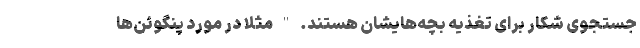
جستجوی شکار برای تغذیه بچه‌هایشان هستند. " مثلا در مورد پنگوئن‌ها